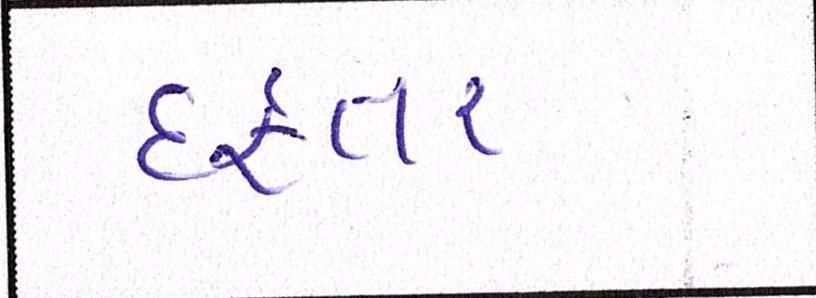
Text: દફતર